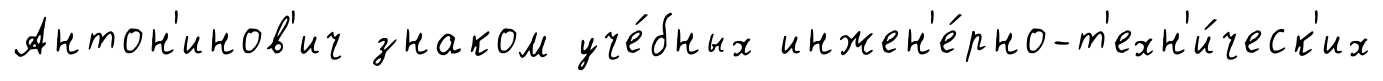
Антон'инов'ич знаком уче́бных инжен'е́рно-т'ехн'и́ческ'их